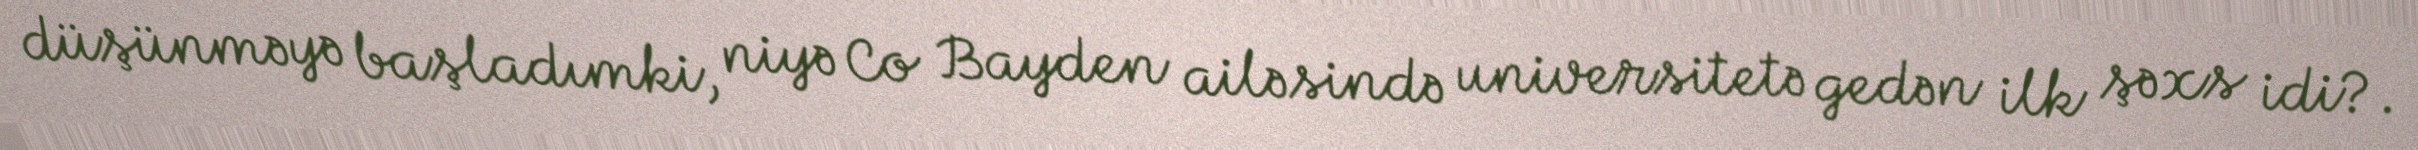
düşünməyə başladımki, niyə Co Bayden ailəsində universitetə gedən ilk şəxs idi?.